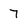
Character: 7